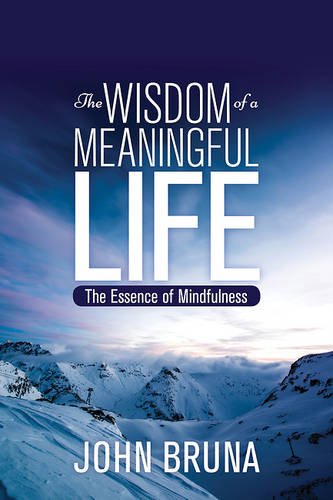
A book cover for The Wisdom of a Meaningful Life: The Essence of Mindfulness; John Bruna; Religion & Spirituality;